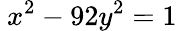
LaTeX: \ x^{2}-92y^{2}=1